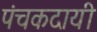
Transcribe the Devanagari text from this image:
पंचकदायी